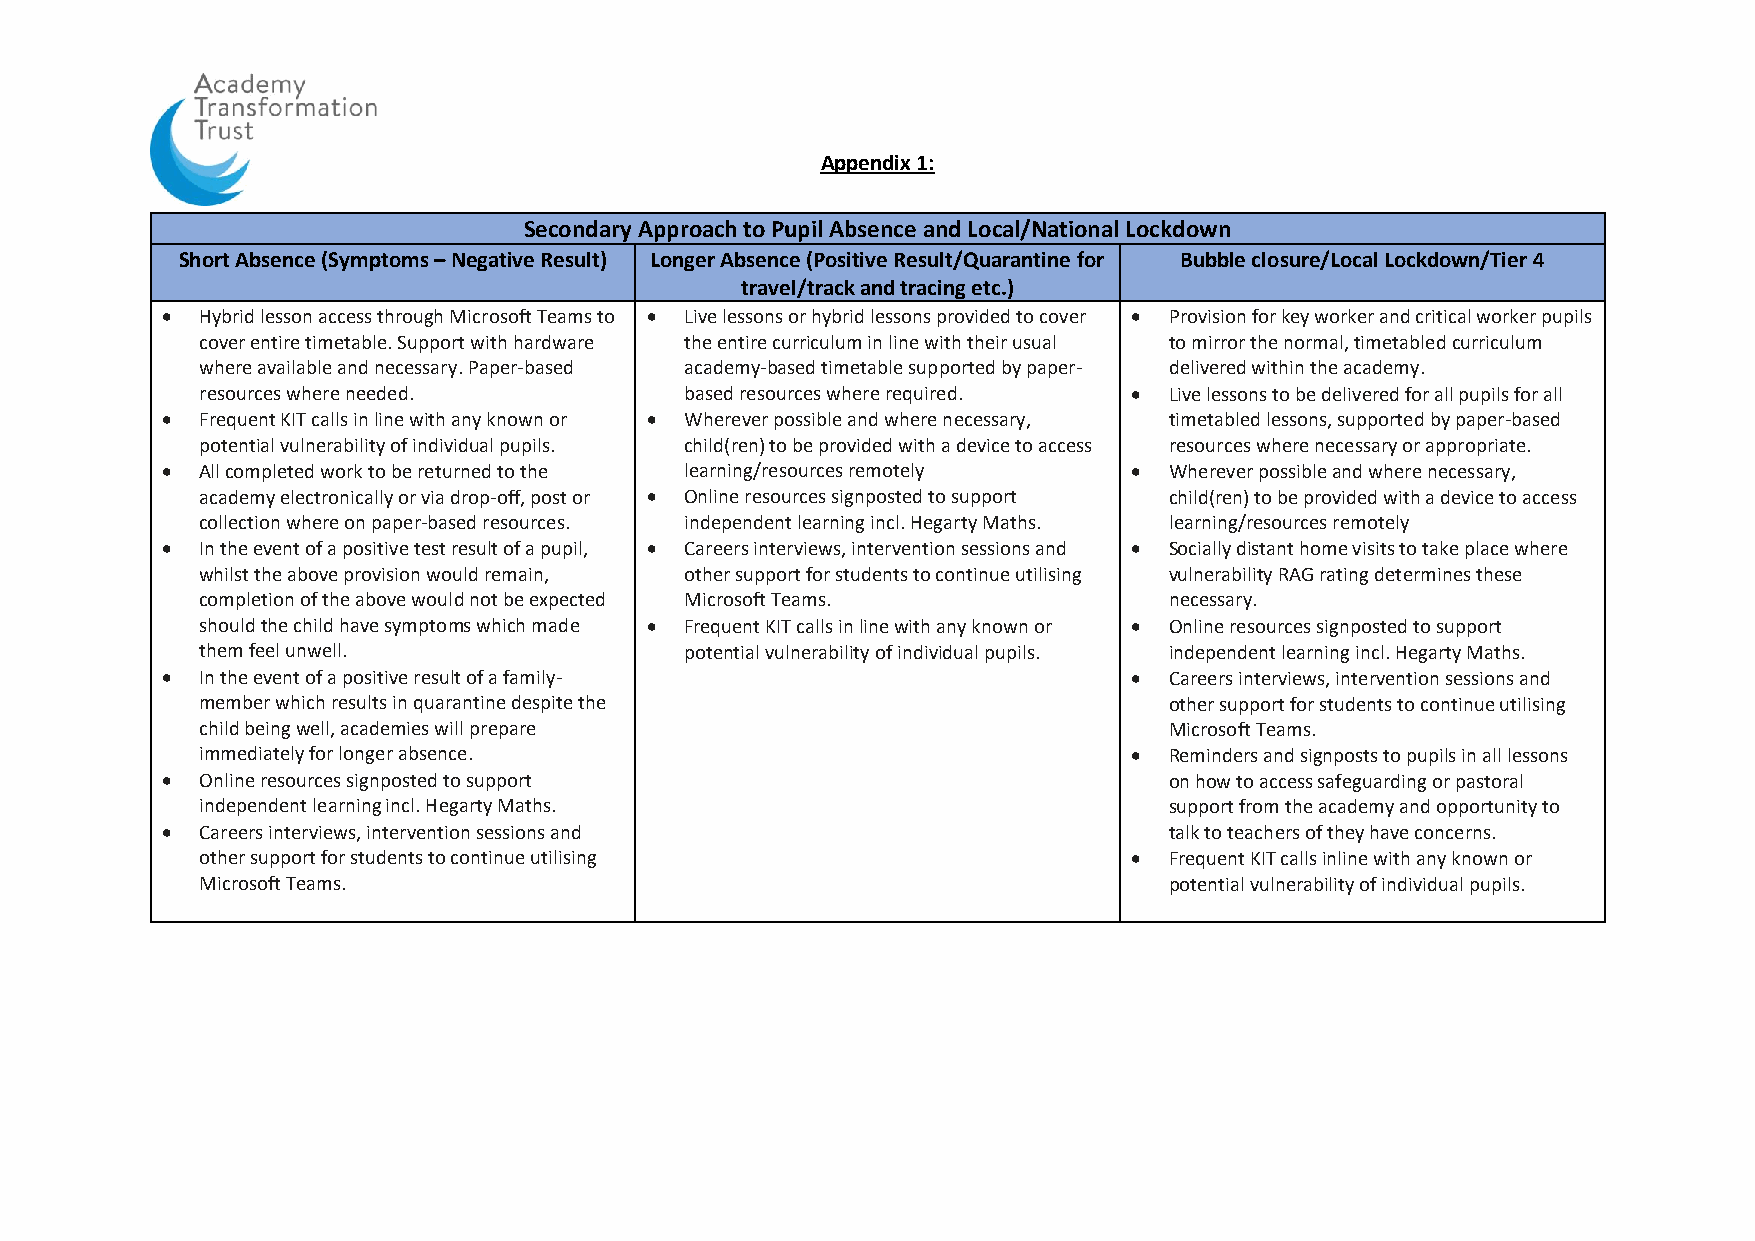
Appendix 1:
 Secondary Approach to Pupil Absence and Local/National Lockdown
 Short Absence (Symptoms – Negative Result) Longer Absence (Positive Result/Quarantine for Bubble closure/Local Lockdown/Tier 4
 travel/track and tracing etc.)
  Hybrid lesson access through Microsoft Teams to  Live lessons or hybrid lessons provided to cover  Provision for key worker and critical worker pupils
 cover entire timetable. Support with hardware the entire curriculum in line with their usual to mirror the normal, timetabled curriculum
 where available and necessary. Paper-based academy-based timetable supported by paper- delivered within the academy.
 resources where needed.         based resources where required.  Live lessons to be delivered for all pupils for all
  Frequent KIT calls in line with any known or  Wherever possible and where necessary, timetabled lessons, supported by paper-based
 potential vulnerability of individual pupils. child(ren) to be provided with a device to access resources where necessary or appropriate.
  All completed work to be returned to the learning/resources remotely  Wherever possible and where necessary,
 academy electronically or via drop-off, post or  Online resources signposted to support child(ren) to be provided with a device to access
 collection where on paper-based resources. independent learning incl. Hegarty Maths. learning/resources remotely
  In the event of a positive test result of a pupil,  Careers interviews, intervention sessions and  Socially distant home visits to take place where
 whilst the above provision would remain, other support for students to continue utilising vulnerability RAG rating determines these
 completion of the above would not be expected Microsoft Teams.  necessary.
 should the child have symptoms which made  Frequent KIT calls in line with any known or  Online resources signposted to support
 them feel unwell.               potential vulnerability of individual pupils. independent learning incl. Hegarty Maths.
  In the event of a positive result of a family-                 Careers interviews, intervention sessions and
 member which results in quarantine despite the                  other support for students to continue utilising
 child being well, academies will prepare                        Microsoft Teams.
 immediately for longer absence.                                Reminders and signposts to pupils in all lessons
  Online resources signposted to support                          on how to access safeguarding or pastoral
 independent learning incl. Hegarty Maths.                       support from the academy and opportunity to
  Careers interviews, intervention sessions and                   talk to teachers of they have concerns.
 other support for students to continue utilising               Frequent KIT calls inline with any known or
 Microsoft Teams.                                                potential vulnerability of individual pupils.